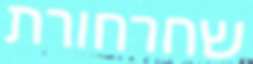
שחרחורת